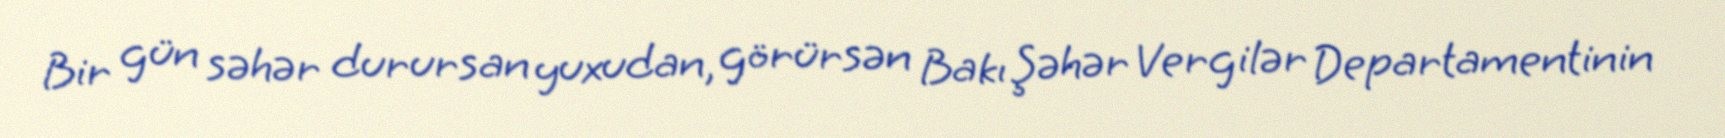
Bir gün səhər durursan yuxudan, görürsən Bakı Şəhər Vergilər Departamentinin